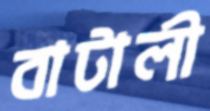
বাটালী